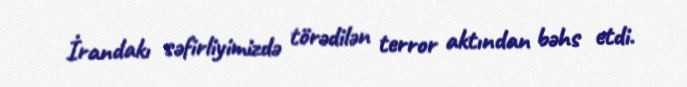
İrandakı səfirliyimizdə törədilən terror aktından bəhs etdi.